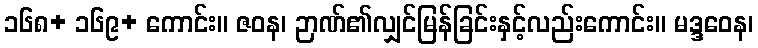
၁၆၈+ ၁၆၉+ ကောင်း။ ဇဝန၊ ဉာဏ်၏လျှင်မြန်ခြင်းနှင့်လည်းကောင်း။ မဒ္ဒဝေန၊